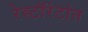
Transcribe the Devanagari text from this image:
रेस्टॉरंटांत